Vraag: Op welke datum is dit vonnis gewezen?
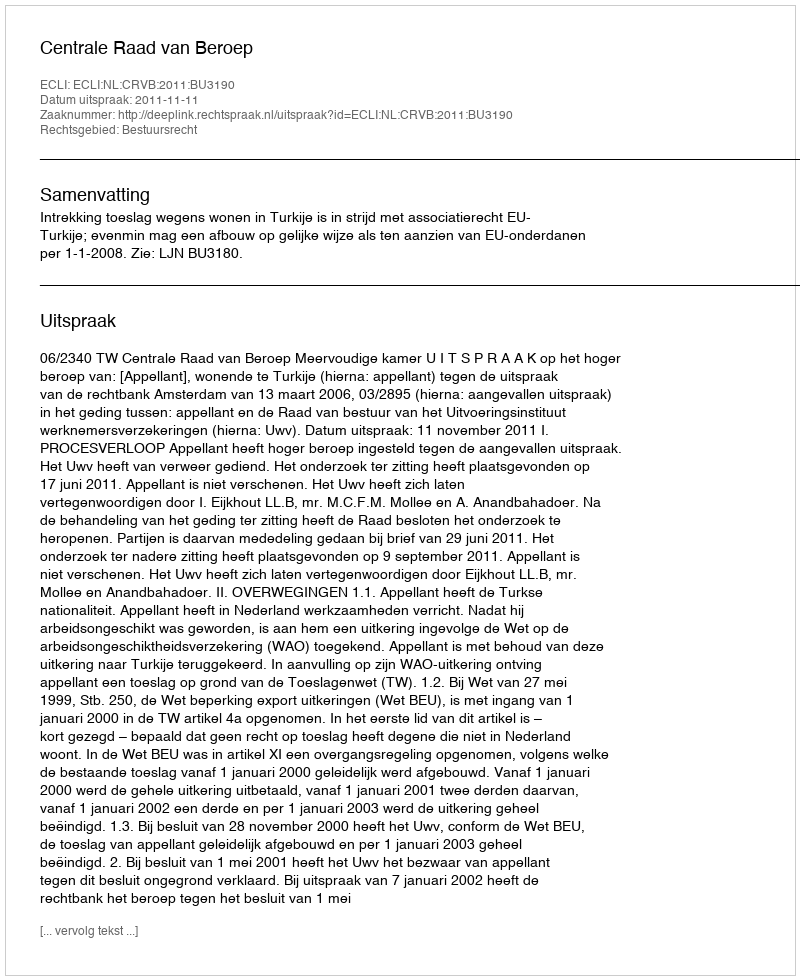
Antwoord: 2011-11-11